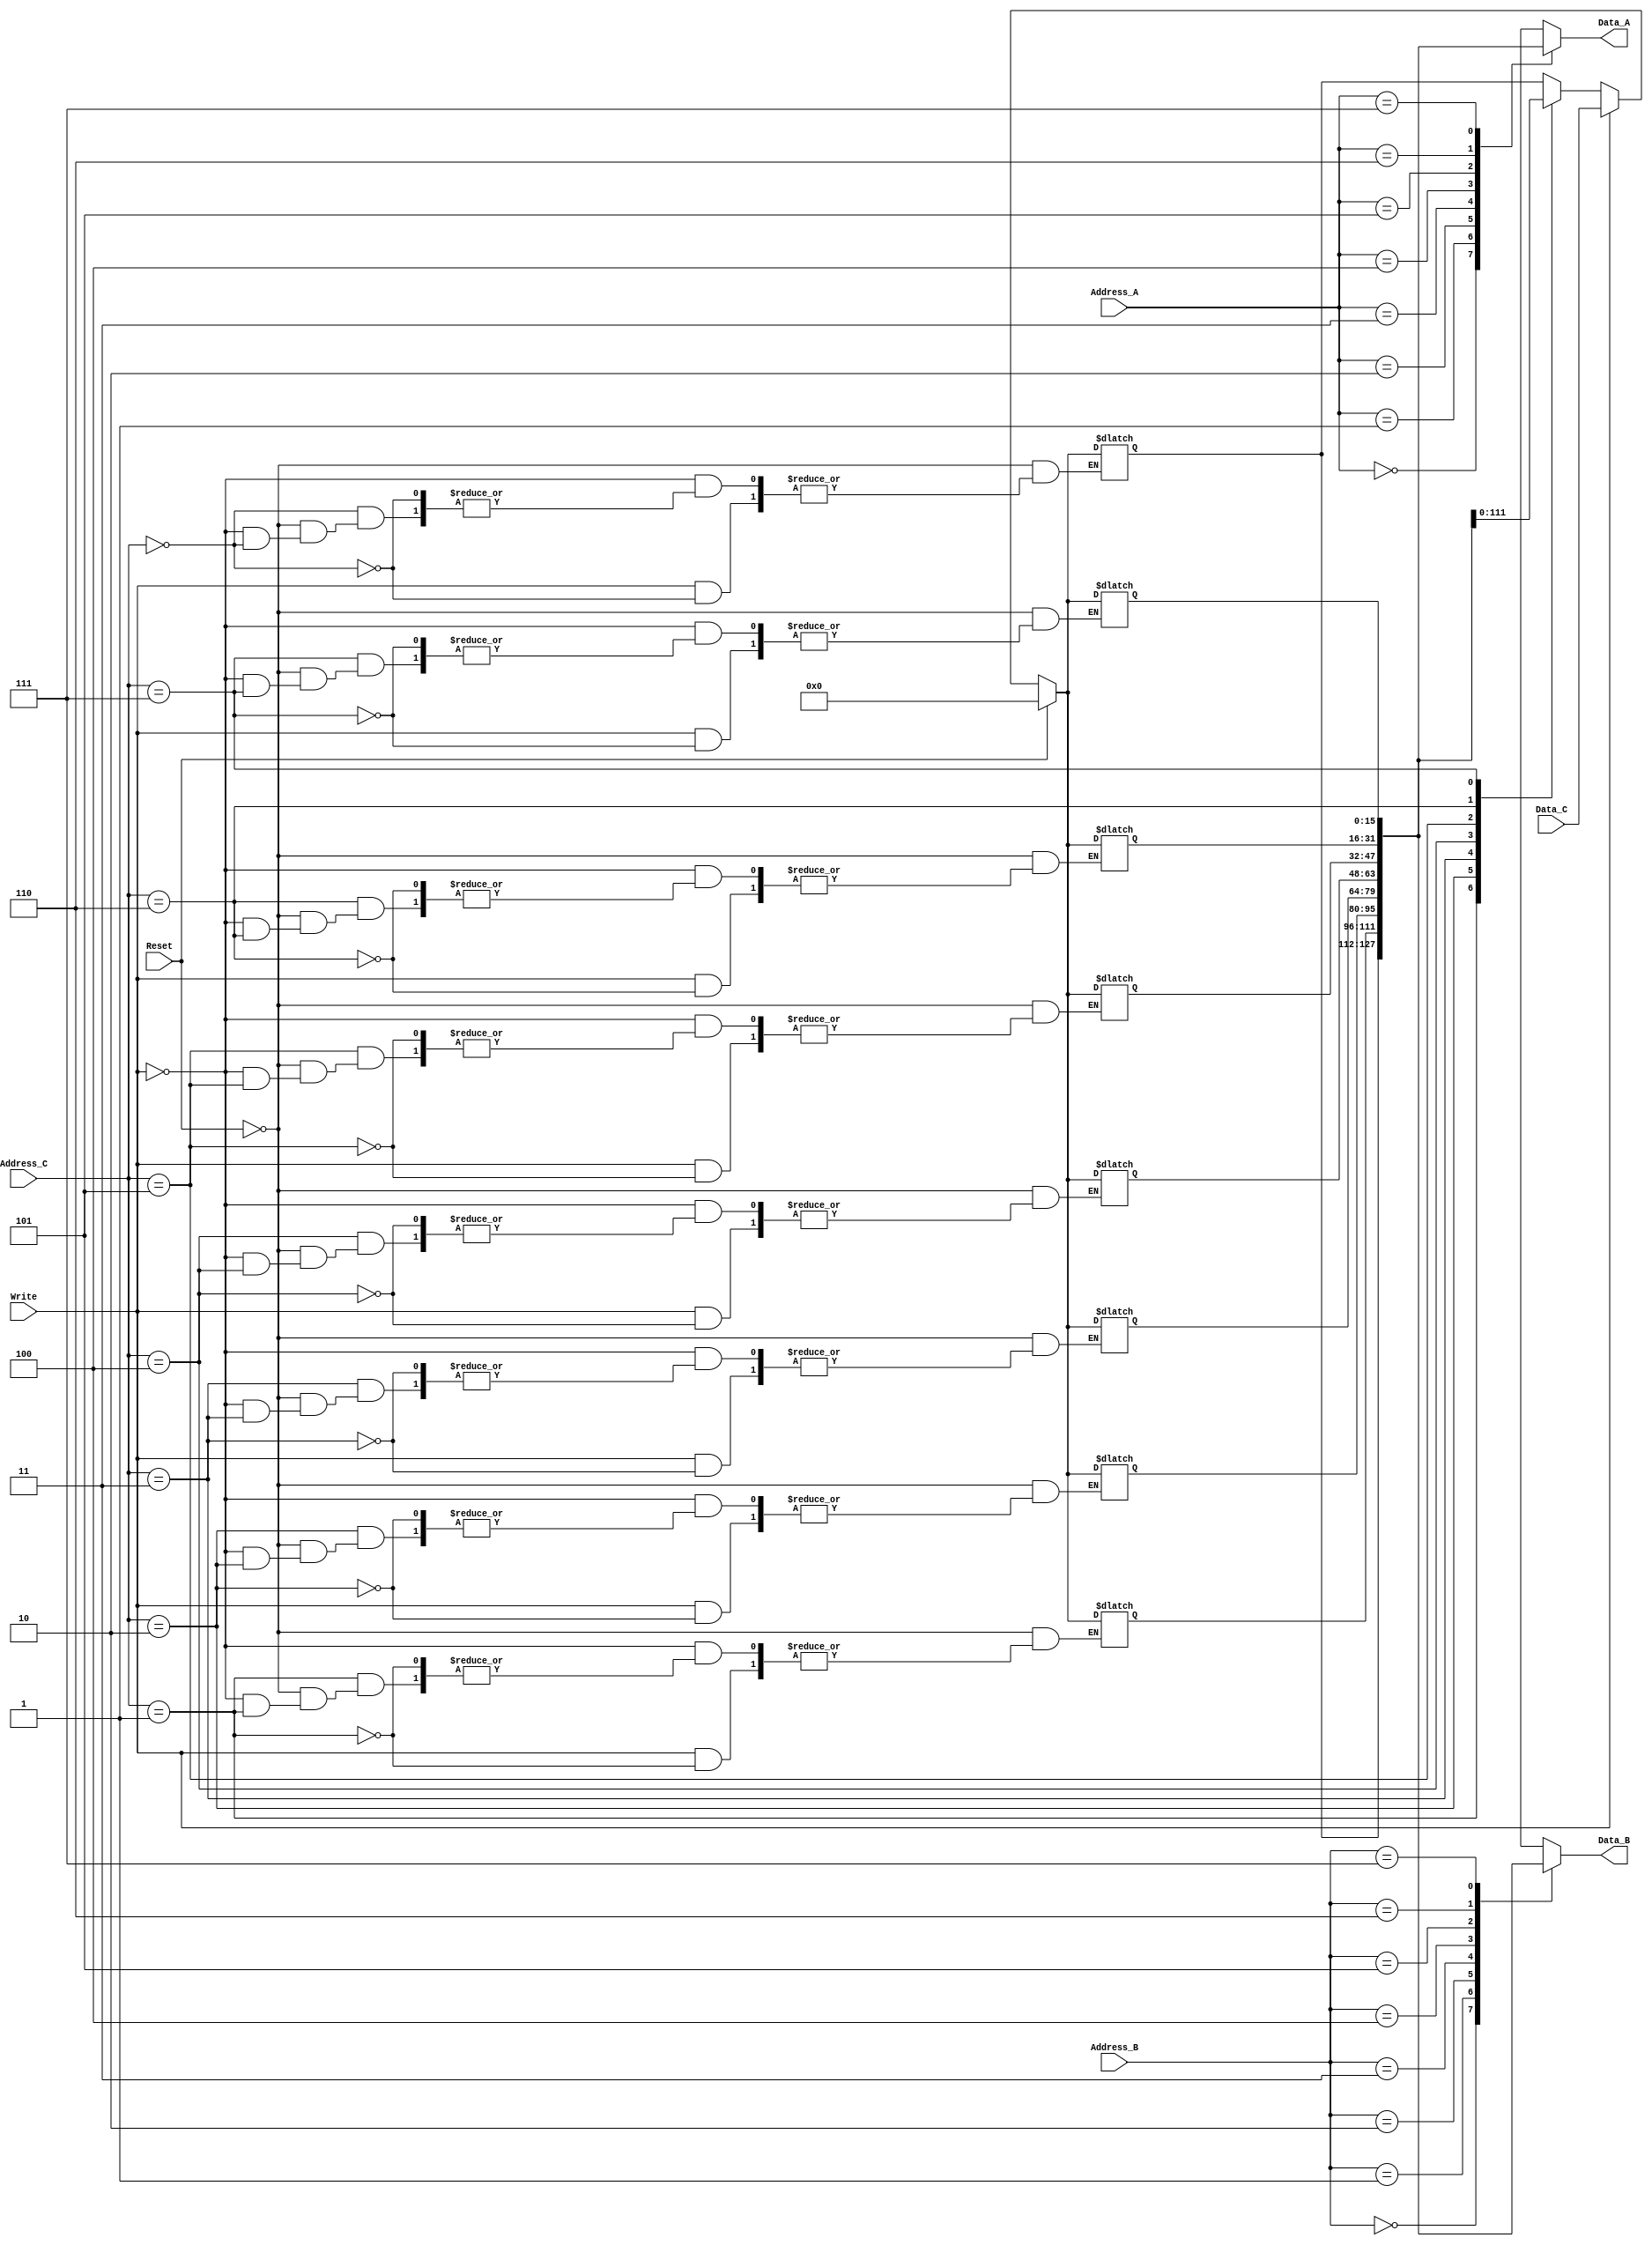
module Register_File (Address_A, Address_B, Address_C, Data_C, Write, Reset,

							 Data_A, Data_B);

//-------------------------------------------------- I/O Ports
							 
input  [2:0]  Address_A, Address_B, Address_C;
input  [15:0] Data_C;
input         Write, Reset;

output reg [15:0] Data_A, Data_B;

//--------------------------------------------------

reg [15:0] Memory [7:0];

always @(*)
begin

	if (Reset == 1'b1)
		begin
			Memory[00] <= 16'd0;
			Memory[01] <= 16'd0;
			Memory[02] <= 16'd0;
			Memory[03] <= 16'd0;
			
			Memory[04] <= 16'd0;
			Memory[05] <= 16'd0;
			Memory[06] <= 16'd0;
			Memory[07] <= 16'd0;
		end
	else
		begin
			if (Write == 1'b1)
				Memory[Address_C] <= Data_C;
			else
				Memory[Address_C] <= Memory[Address_C];
		end
		
	Data_A <= Memory[Address_A];
	Data_B <= Memory[Address_B];
	
end 

endmodule